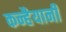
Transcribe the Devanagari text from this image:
कन्हैयानी